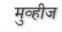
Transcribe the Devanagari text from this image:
मुव्हीज